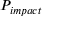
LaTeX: P _ { i m p a c t }